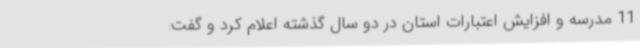
11 مدرسه و افزایش اعتبارات استان در دو سال گذشته اعلام کرد و گفت: